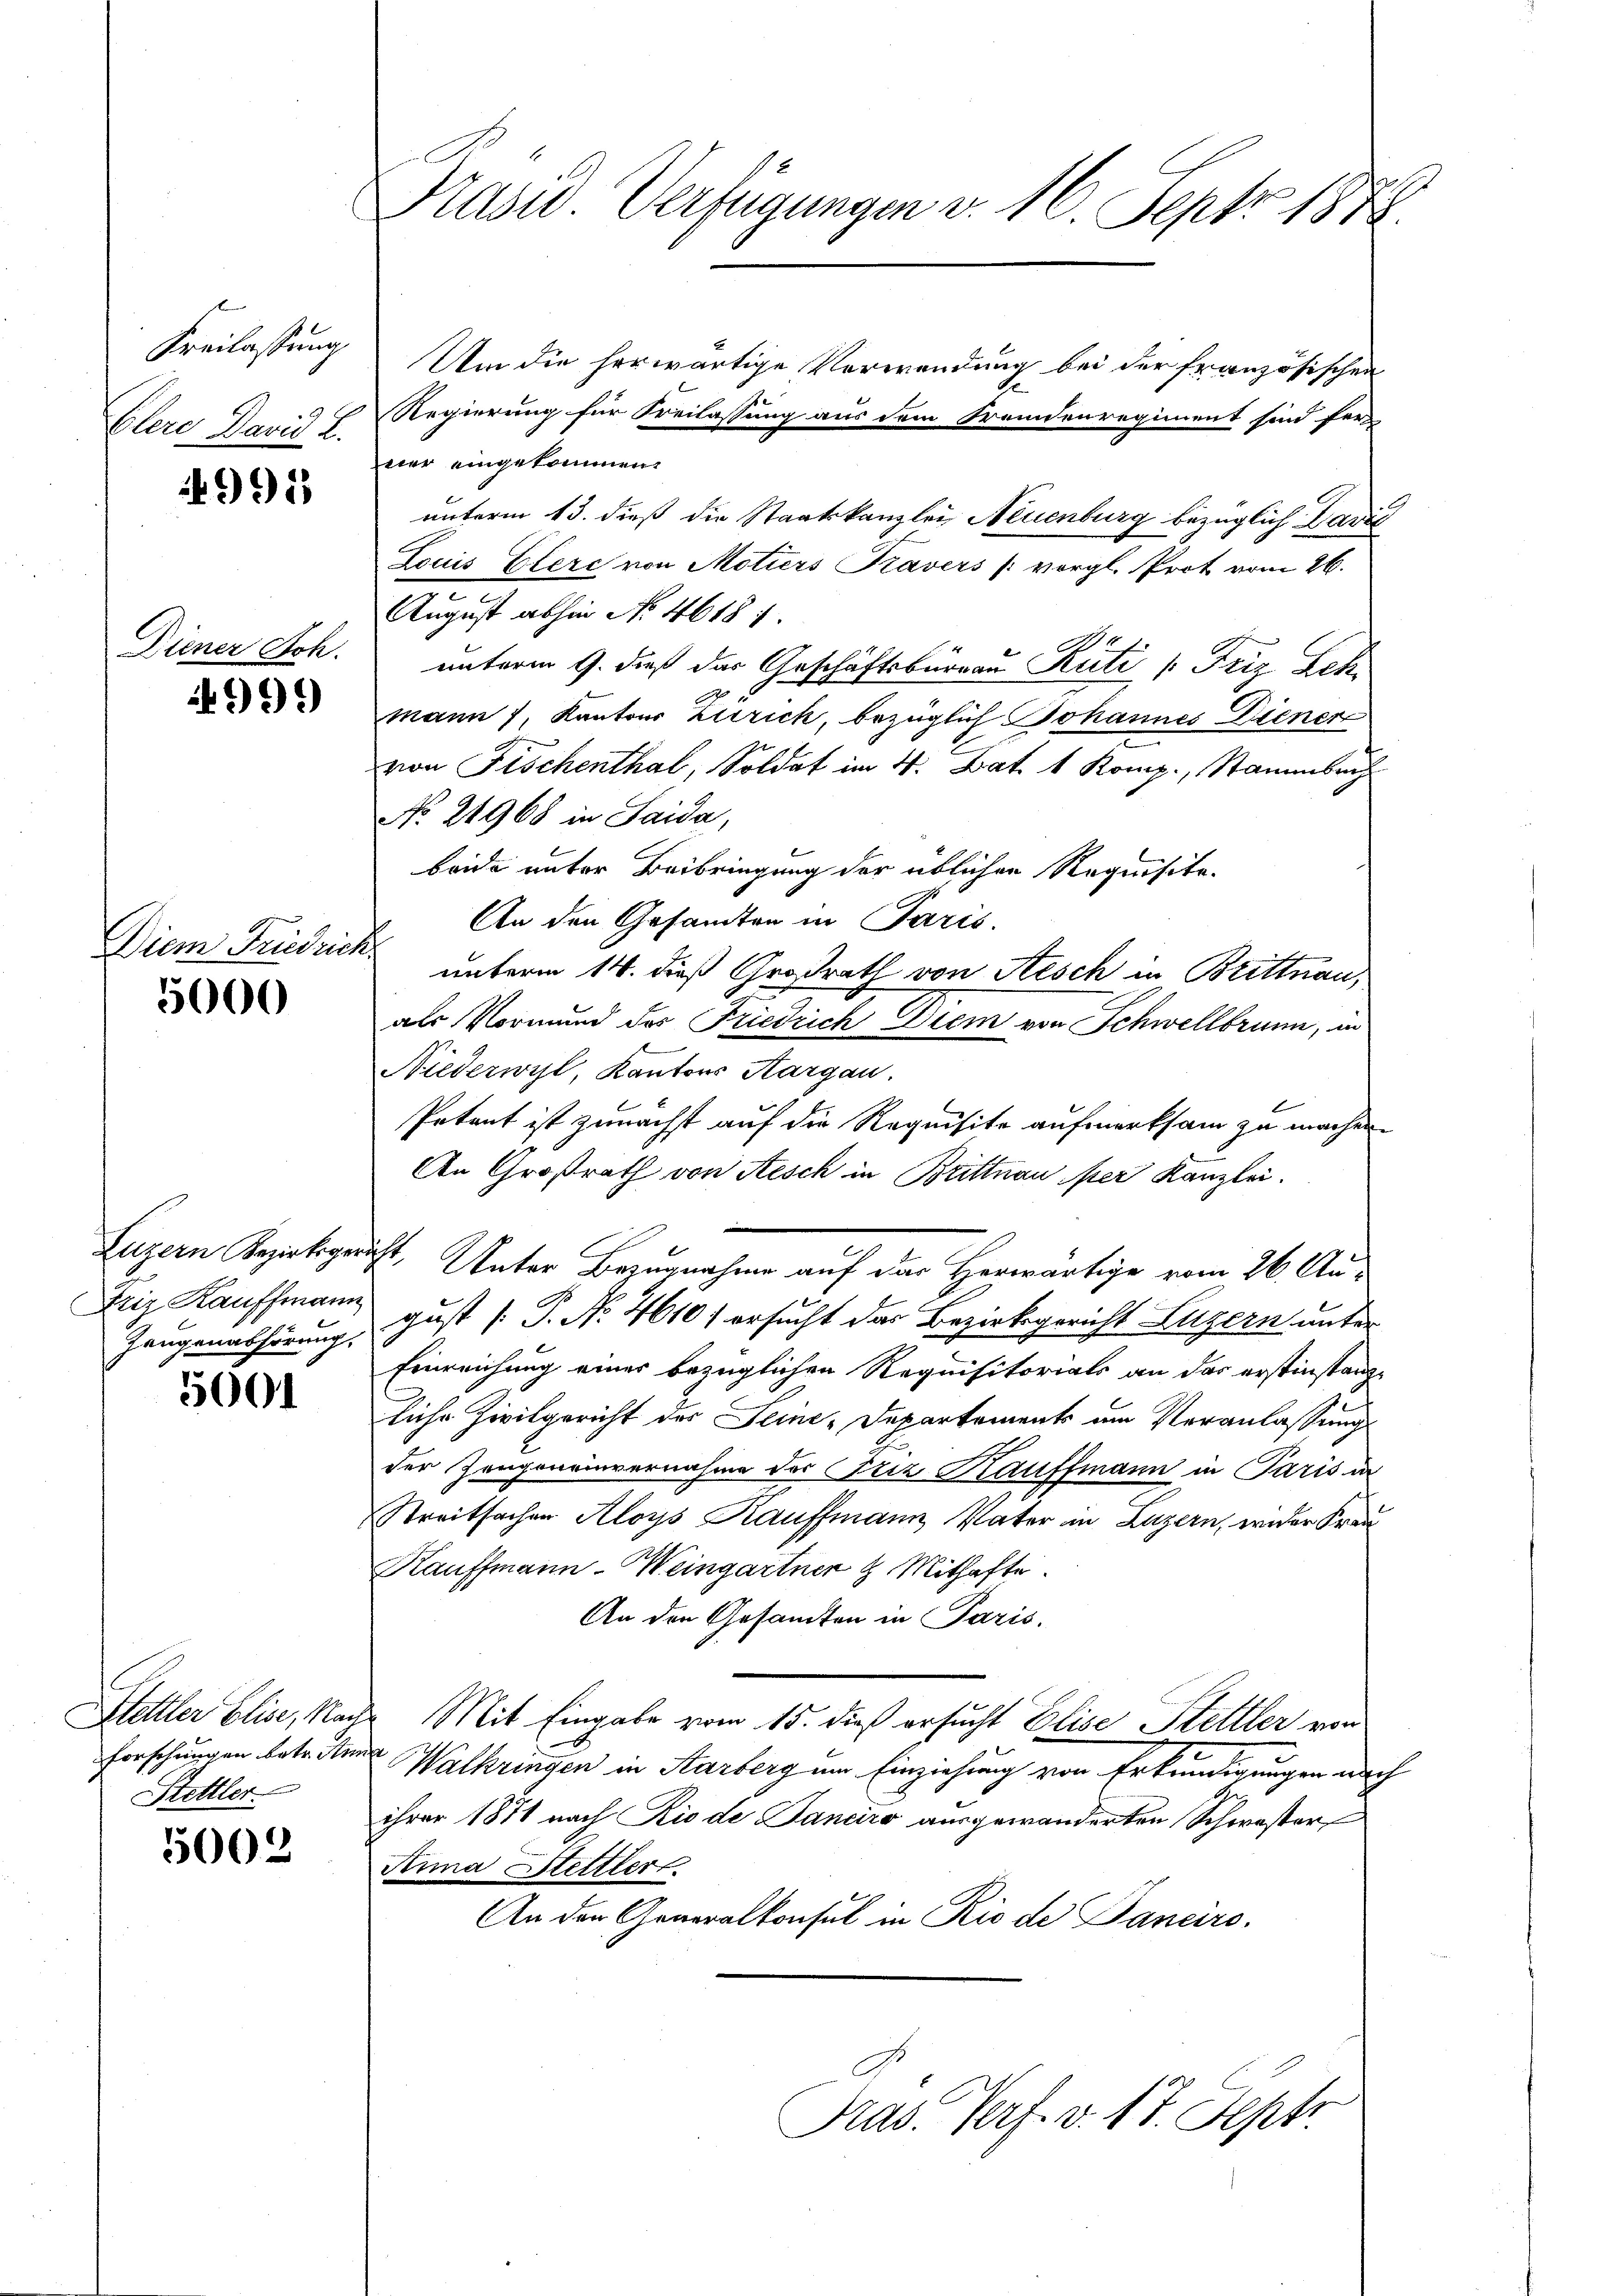
Kreilassung
Blere David L.

4991

Diener Joh.

499)

Diem Friedrich

5000

Luzern Bezirksger
Friz Kauffmann
Gangenabhörung.

5001

Stettler Elise, Nach
Forschungen betr. Ann
Hettler

5002

Präsid Verfügungen v. 16. Sept. 1872.

Um die herwärtige Verwendung bei der französischen
Regierung für Freilassung aus dem Fremdenregiment sind fer
ner eingekommen.
unterm 13. dieß die Staatskanzlei Neuenburg bezüglich Davić
Louis Elere von Motiers Kavers vorgl. Prot vom 26.
August abhin No 4618 f.
unterm 9. dieß das Geschäftsbürrau Rüti /: Friz Leh
mann, Kantons Zürich, bezüglich Johannes Diener
von Fischenthal, Soldat im 4. Bat. 1 Komp., Stammbach
No 21968 in Saida,
beide unter Beibringung der üblichen Requisite.
An den Gesandten in Paris
unterm 14. dieß Großrath von Aesch in Brittnau,
als Vormund des Friedrich Diem von Schwellbrunn, in
Niederwyl, Kantons Aargau.
Potent ist zunächst auf die Requisite aufmerksam zu machen
An Großrath von Aesch in Brittnau per Kanzlei.
4t. Unter Bezugnahme auf das Herwärtige vom 26. August [P. Nr. 4610) ersucht das Bezirksgericht Luzern unter
Einreichung einer bezüglichen Requisitorials an das erstinstanzliche Zivilgericht des Seine-Departements am Veranlassung
der Zeugeneinvernahme des Friz Kauffmann in Paris in
Streitsachen Aloys Kauffmann Vater in Luzern, wieder Kran¬
Kauffmann-Weingartner & Mithafte
An den Gesandten in Paris.
Mit Eingabe vom 15. dieß ersucht Elise Stelller von
Walkringen in Aarberg um Einziehung von Erkundigungen nach
ihrer 1871 nach Rio de Janciro ausgewanderten Schwester
Penna Stettler
An den Generalkonsul in Rio de Panciro-
Pras. Verf. v. 17. Sept.